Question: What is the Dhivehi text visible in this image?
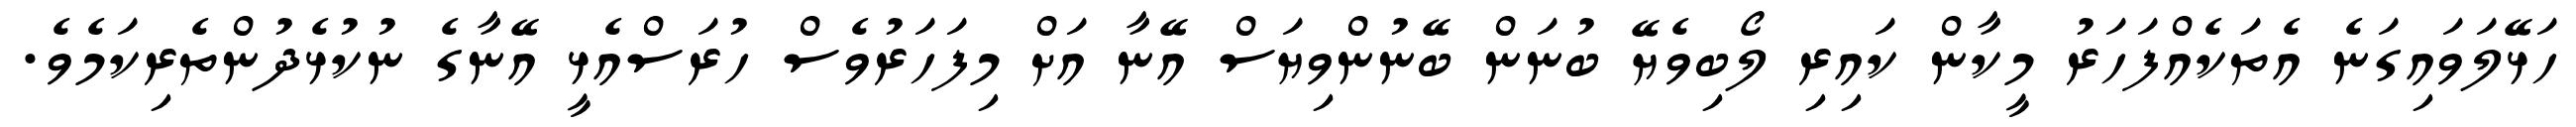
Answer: ހަޅޭލަވައިގަނެ އެތަކެއްފަހަރު މީކާން ކައިރި ލޯބިވެޔޭ ބުނަން ބޭނުންވިޔަސް އޭނާ އަށް މިފަހަރުވެސް ހުރަސްއެޅީ އޭނާގެ ނުކުޅެދުންތެރިކަމެވެ.